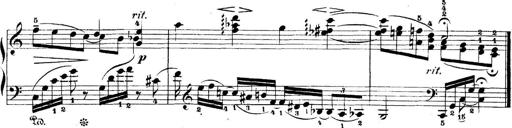
Title: 5 Sonatinas
Composer: Theodor Kirchner